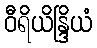
ဝီရိယိန္ဒြိယံ